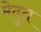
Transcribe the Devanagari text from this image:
मेदुत